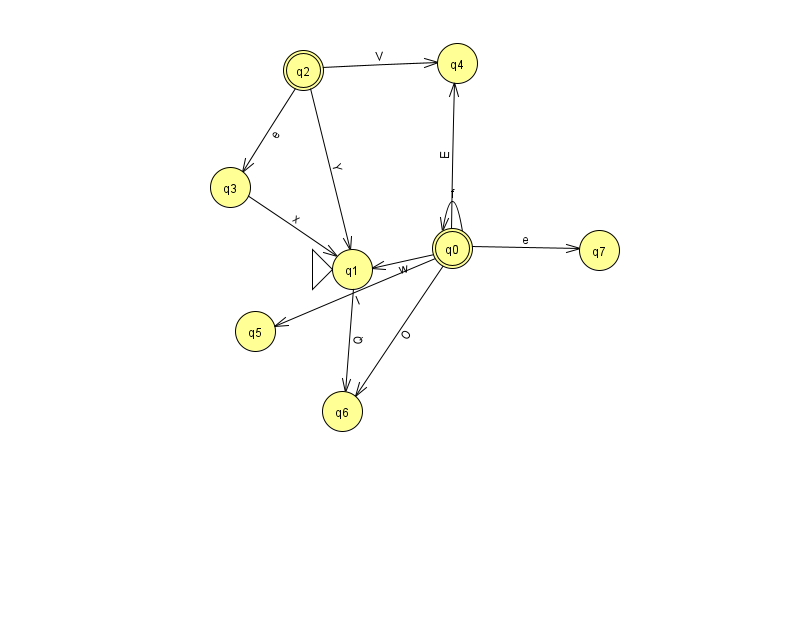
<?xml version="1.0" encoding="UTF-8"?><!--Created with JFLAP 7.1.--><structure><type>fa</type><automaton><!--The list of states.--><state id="0" name="q0"><x>452.0</x><y>235.0</y><final/></state><state id="1" name="q1"><x>352.0</x><y>256.0</y><initial/></state><state id="2" name="q2"><x>303.0</x><y>57.0</y><final/></state><state id="3" name="q3"><x>230.0</x><y>174.0</y></state><state id="4" name="q4"><x>457.0</x><y>50.0</y></state><state id="5" name="q5"><x>255.0</x><y>318.0</y></state><state id="6" name="q6"><x>342.0</x><y>398.0</y></state><state id="7" name="q7"><x>599.0</x><y>237.0</y></state><!--The list of transitions.--><transition><from>2</from><to>3</to><read>e</read></transition><transition><from>0</from><to>5</to><read>I</read></transition><transition><from>0</from><to>6</to><read>O</read></transition><transition><from>0</from><to>7</to><read>e</read></transition><transition><from>0</from><to>0</to><read>f</read></transition><transition><from>0</from><to>1</to><read>w</read></transition><transition><from>0</from><to>4</to><read>E</read></transition><transition><from>3</from><to>1</to><read>x</read></transition><transition><from>2</from><to>4</to><read>V</read></transition><transition><from>1</from><to>6</to><read>Q</read></transition><transition><from>2</from><to>1</to><read>Y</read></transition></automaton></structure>